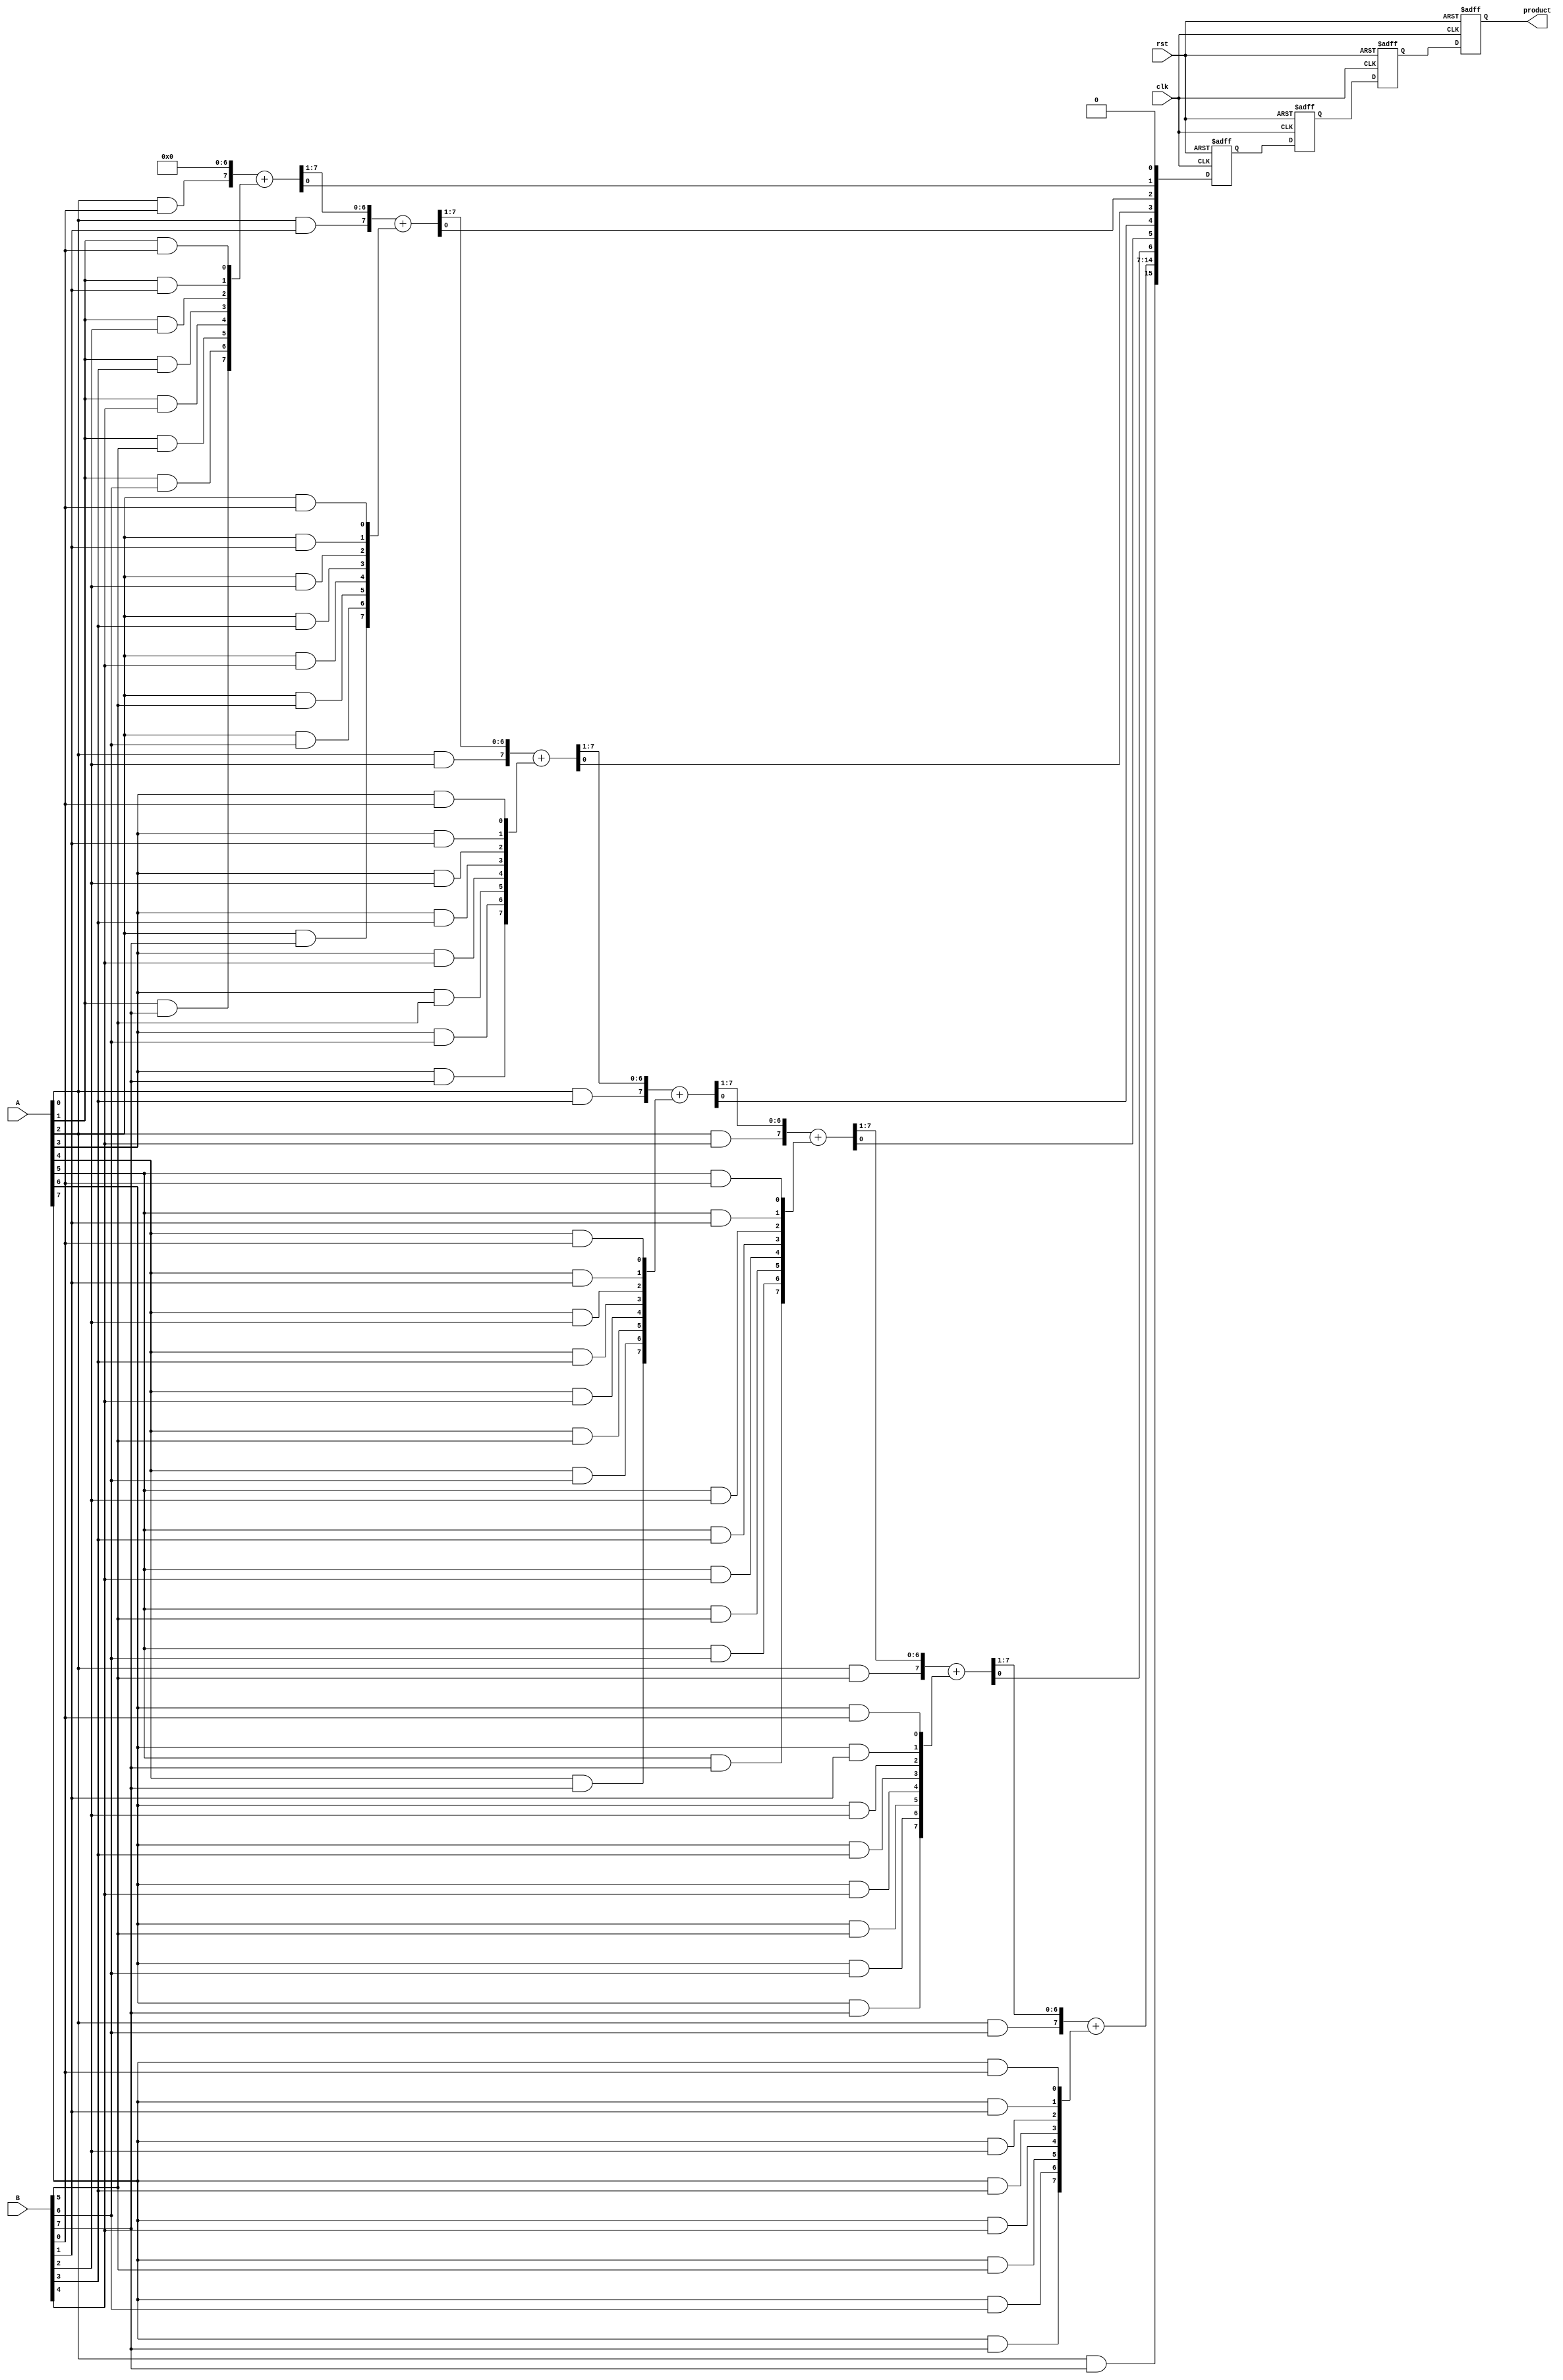
module PipelinedWallaceTreeMultiplier #(parameter N = 8, // Bit-width of inputs
                                        parameter STAGES = 3) // Number of pipeline stages
(
    input wire clk,
    input wire rst,
    input wire [N-1:0] A,
    input wire [N-1:0] B,
    output reg [2*N-1:0] product
);

    // Intermediate signals
    wire [N-1:0] partial_products[N-1:0];
    wire [2*N-1:0] stage_out[STAGES:0];
    reg [2*N-1:0] stage_reg[STAGES:0];

    // Partial Product Generation
    genvar i, j;
    generate
        for (i = 0; i < N; i = i + 1) begin : pp_gen
            for (j = 0; j < N; j = j + 1) begin : pp_and
                assign partial_products[i][j] = A[i] & B[j];
            end
        end
    endgenerate

    // Wallace Tree Reduction
    // Stage 0: Initial stage
    assign stage_out[0] = {partial_products[0], {N{1'b0}}}; // Align first partial product
    generate
        for (i = 1; i < N; i = i + 1) begin : stage0
            assign stage_out[0][i + N - 1 : i] = stage_out[0][i + N - 1 : i] + partial_products[i];
        end
    endgenerate

    // Pipelined Stages
    integer k;
    always @(posedge clk or posedge rst) begin
        if (rst) begin
            for (k = 0; k <= STAGES; k = k + 1) begin
                stage_reg[k] <= 0;
            end
            product <= 0;
        end else begin
            // Shift registers through pipeline
            stage_reg[0] <= stage_out[0];
            for (k = 1; k < STAGES; k = k + 1) begin
                stage_reg[k] <= stage_reg[k-1];
            end
            // Final stage output
            product <= stage_reg[STAGES-1];
        end
    end

endmodule